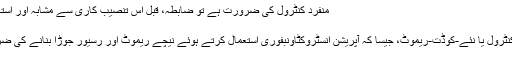
منفرد کنٹرول کی ضرورت ہے تو ضابطہ، قبل اس تنصیب کاری سے مشابہ اور استعمال کریں.
کوڈ آپریشن
اگر منفرد-کنٹرول یا نئے-کوڈت-ریموٹ، جیسا کہ آپریشن انسٹروکٹاونبفوری استعمال کرتے ہوئے نیچے ریموٹ اور رسیور جوڑا بنانے کی ضرورت ہے:
1 ۔